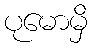
ပုမောမှိ